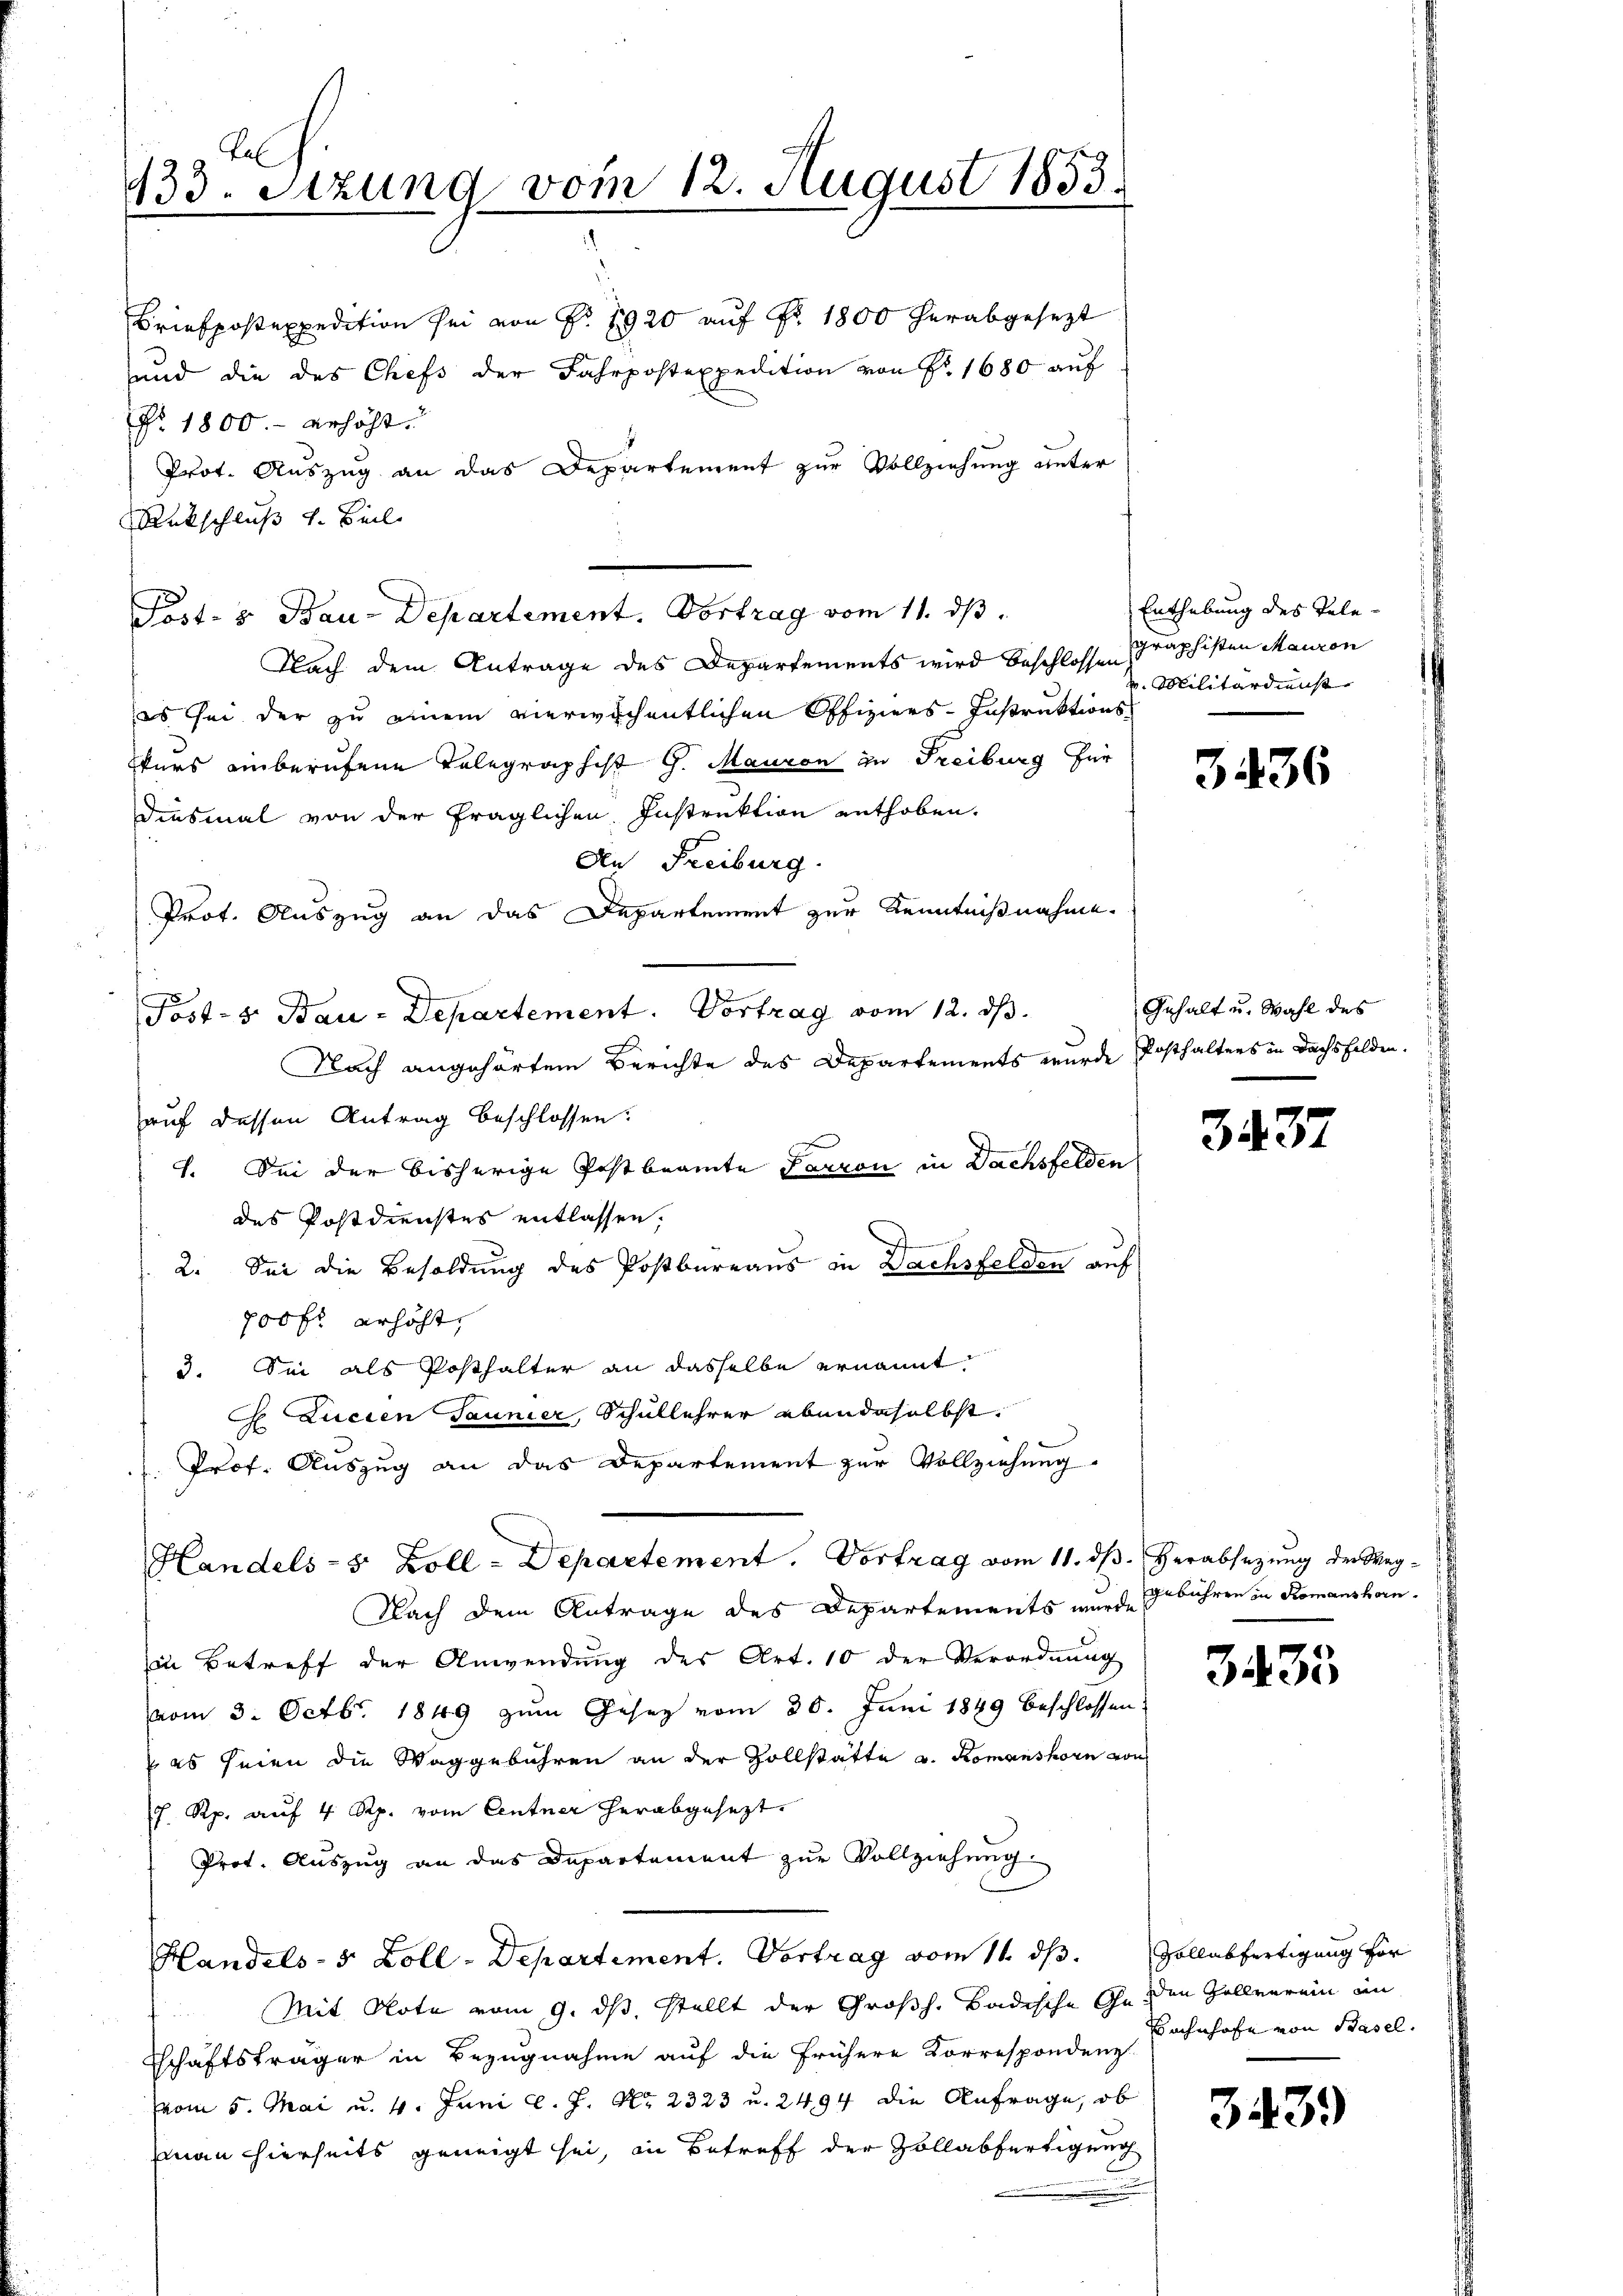
Tal
433. Setzung vom 12. August 1833.
.

Briefposexpedition sei von Nr. 1920 auf Fr. 1800 herabgesezt
und die des Chefs der Fahrpostexpedition von Fr. 1680 auf
No. 1800 erhöht.
Prot. Auszug an das Departement zur Vollziehung unter
Rückschluß v. Beil
Nach dem Antrage des Departements wird beschlossen Straphisten Mauron
es sei der zu einem vierwichentlichen Offiziers-Instruktions-
kurs einberufene Telegraphist G. Mauren zu Freiburg für
diesmal von der fraglichen Instruktion enthoben.
An Freiburg.
Prot. Auszug an das Departement zur Kenntnißnahme.
Post- 5. Bau-Departement. Vortrag vom 12. ds.
Nach angehörtem Berichte des Departements wurde Posthalters in Dachsfelden.
auf dessen Antrag beschlossen:
1. Sei der bisherige Postbeamte Parron in Dachsfelden
des Postdienstes entlassen,
2. Sei die Besoldung des Postbureaus in Dachsfelden auf
700fr. erhöht,
3. Sei als Posthalter an dasselbe ernannt
 Lucien Taunier, Schullehrer ebendaselbst.
Prof. Auszug an das Departement zur Vollziehung
Handels- 5 Zoll-Departement. Vortrag vom 11. dβ. Herabsetzŭng der Weg-
Nach dem Antrage des Departements wurde gebühren in Romanshorn¬
Ein Betreff der Anwendŭng des Art. 10 der Verordnŭng
vom 3. Octbr. 1849 zŭm Gesez vom 30. Juni 1849 beschlossen.
 es seien die Waggebühren an der Zollstatte u. Komanshorn von
7 Rp. auf 4 Rp. vom Centner herabgesezt.
Prot. Auszug an das Departement zur Vollziehung
Handels- 5 Zoll-Departement. Vortrag vom 11. ds.
Mit Note vom 9. ds, stellt der Großh. Badische Geden Zollverein im
Tschaftsträger in Bezugnahme auf die frühere Korrespondenz
(vom 5. Mai u. 4. Juni l. J. No. 2323 u. 2494 die Anfrage, ob
man hierseits geneigt sei, in Betreff der Zollabfertigung

Post- & Bau-Departement. Vortrag vom 11. ds.

Enthebung des Tele¬
 Militärdienst

3436

Gehalt u. Wahl des

3437

3435

Gollabfertigung for
Bahnhofe von Basel.

3439)